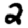
Digit: 2